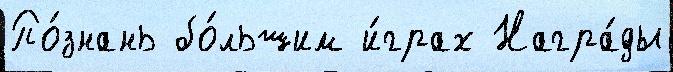
По́знань бо́льшим и́грах Награ́ды